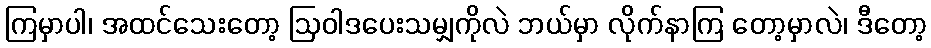
ကြမှာပါ၊ အထင်သေးတော့ ဩဝါဒပေးသမျှကိုလဲ ဘယ်မှာ လိုက်နာကြ တော့မှာလဲ၊ ဒီတော့